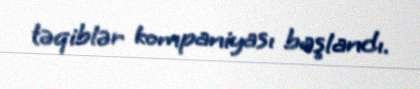
təqiblər kompaniyası başlandı.